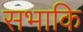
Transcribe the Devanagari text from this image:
सभाकि